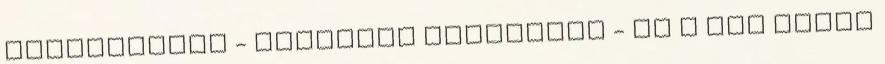
védekezését - Roberson előlépett - ez a dal véget